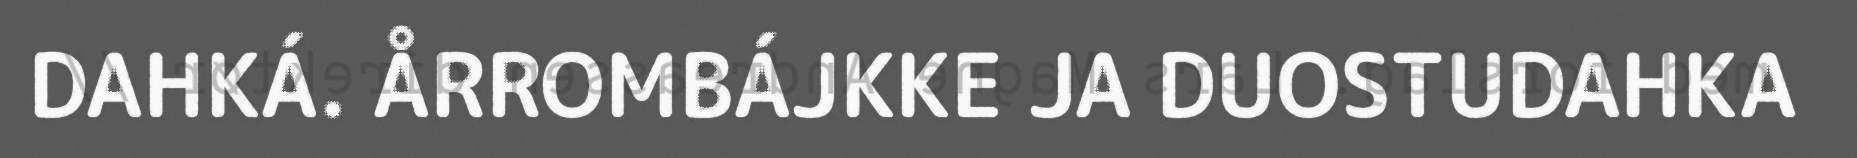
DAHKÁ. ÅRROMBÁJKKE JA DUOSTUDAHKA